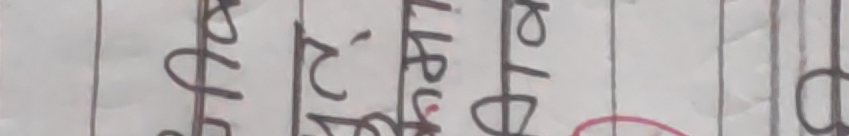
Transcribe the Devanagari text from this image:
ओ हो